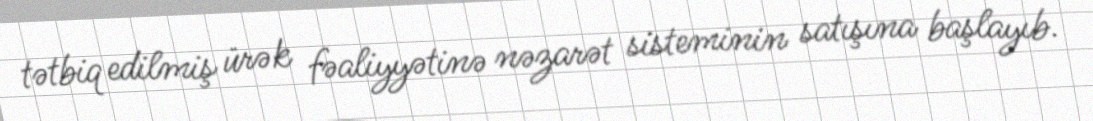
tətbiq edilmiş ürək fəaliyyətinə nəzarət sisteminin satışına başlayıb.